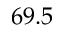
6 9 . 5